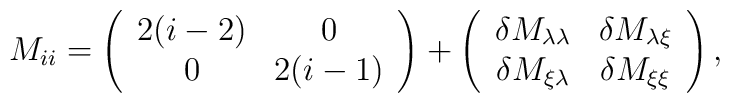
M_{ii}=\left(\begin{array}{c c}2(i-2)&0\\0&2(i-1)\\\end{array}\right)+\left(\begin{array}{c c}\delta M_{\lambda\lambda}&\delta M_{\lambda\xi}\\\delta M_{\xi\lambda}&\delta M_{\xi\xi}\\\end{array}\right),